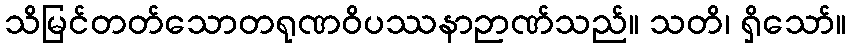
သိမြင်တတ်သောတရုဏဝိပဿနာဉာဏ်သည်။ သတိ၊ ရှိသော်။